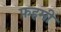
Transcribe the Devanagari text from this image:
फ़हमी